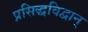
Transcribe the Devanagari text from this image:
प्रसिद्धविद्वान्